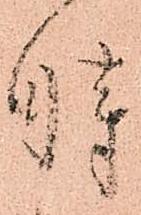
時